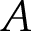
A